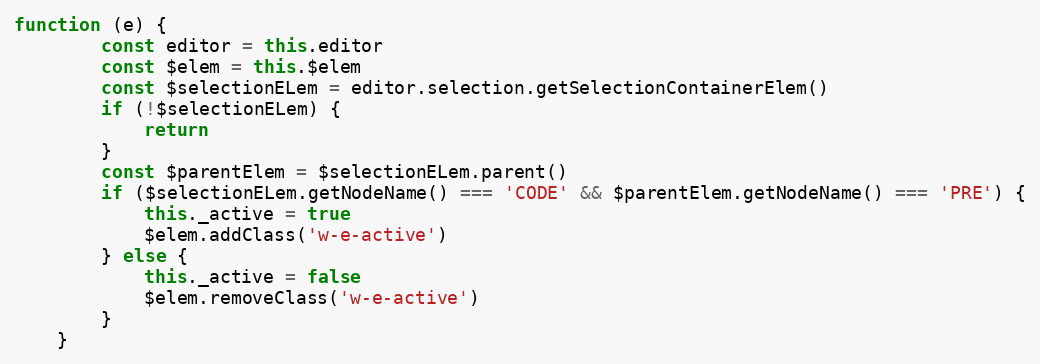
Language: JavaScript
function (e) {
        const editor = this.editor
        const $elem = this.$elem
        const $selectionELem = editor.selection.getSelectionContainerElem()
        if (!$selectionELem) {
            return
        }
        const $parentElem = $selectionELem.parent()
        if ($selectionELem.getNodeName() === 'CODE' && $parentElem.getNodeName() === 'PRE') {
            this._active = true
            $elem.addClass('w-e-active')
        } else {
            this._active = false
            $elem.removeClass('w-e-active')
        }
    }